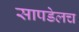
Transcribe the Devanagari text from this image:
सापडेलच